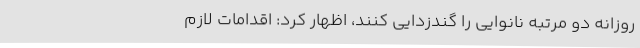
روزانه دو مرتبه نانوایی را گندزدایی کنند، اظهار کرد: اقدامات لازم